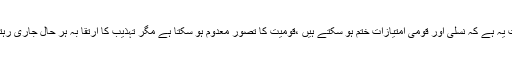
حقیقت یہ ہے کہ نسلی اور قومی امتیازات ختم ہو سکتے ہیں ،قومیت کا تصور معدوم ہو سکتا ہے مگر تہذیب کا ارتقا بہ ہر حال جاری رہتا ہے۔